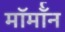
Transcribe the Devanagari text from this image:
मॉर्मॉन